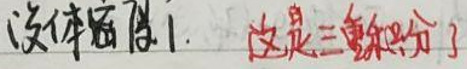
设体密度1 \quad 这是三重积分